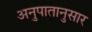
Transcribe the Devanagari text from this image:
अनुपातानुसार